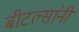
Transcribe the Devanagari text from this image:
बीटल्सांनी